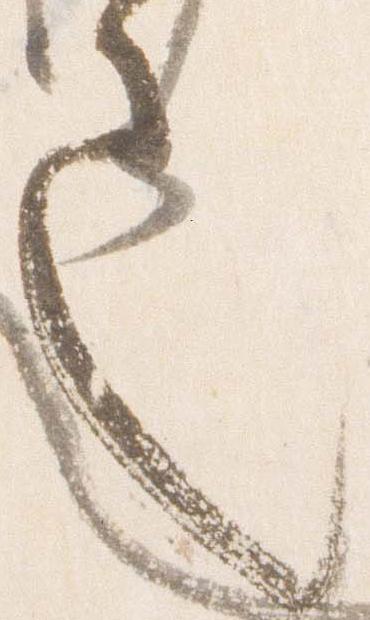
也